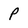
Character: P